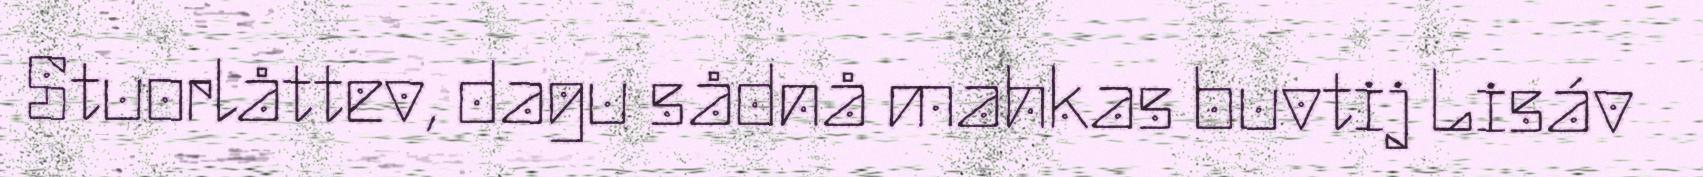
Stuorlåttev, dagu sådnå mahkas buvtij Lisáv